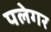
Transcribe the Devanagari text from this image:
पलेगर